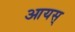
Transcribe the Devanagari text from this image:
आयस्